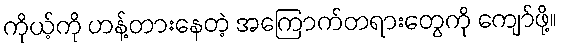
ကိုယ့်ကို ဟန့်တားနေတဲ့ အကြောက်တရားတွေကို ကျော်ဖို့။